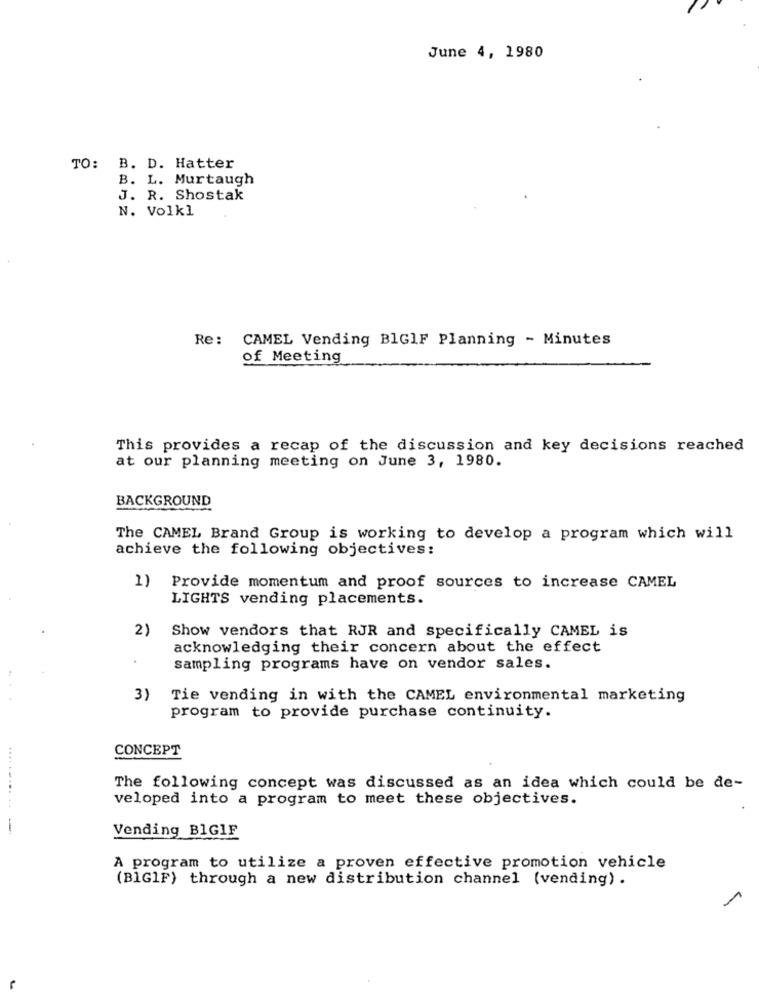
June 4, 1980
TO: B. D. Hatter
B. L. Murtaugh
J. R. Shostak
N. Volkl
Re: CAMEL Vending BlGIF Planning - Minutes
of Meeting
This provides a recap of the discussion and key decisions reached
at our planning meeting on June 3, 1980.
BACKGROUND
The CAMEL Brand Group is working to develop a program which will
achieve the following objectives:
1) Provide momentum and proof sources to increase CAMEL
LIGHTS vending placements.
2) Show vendors that RJR and specifically CAMEL is
acknowledging their concern about the effect
sampling programs have on vendor sales.
3)
Tie vending in with the CAMEL environmental marketing
program to provide purchase continuity.
CONCEPT
The following concept was discussed as an idea which could be de-
veloped into a program to meet these objectives.
......... ..
-
Vending BIGIF
A program to utilize a proven effective promotion vehicle
(B1GIF) through a new distribution channel (vending) .
1